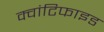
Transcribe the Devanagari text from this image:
क्वांटिफाइड